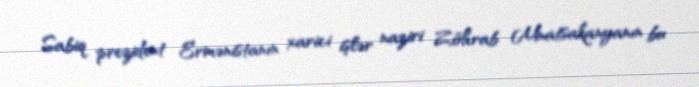
Sabiq prezident Ermənistanın xarici işlər naziri Zöhrab Mnatsakanyanın bu